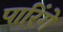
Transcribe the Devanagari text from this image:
पारिंगे